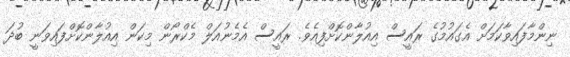
ނިންމާފައިވާކަމަށް އެގައުމުގެ ރައީސް އިއުލާންކޮށްފިއެވެ. ރައީސް އެމެނުއަލް މެކްރޯން މިކަން އިއުލާންކޮށްފައިވަނީ ބުދަ